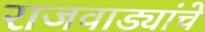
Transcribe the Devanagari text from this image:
राजवाड्यांचे